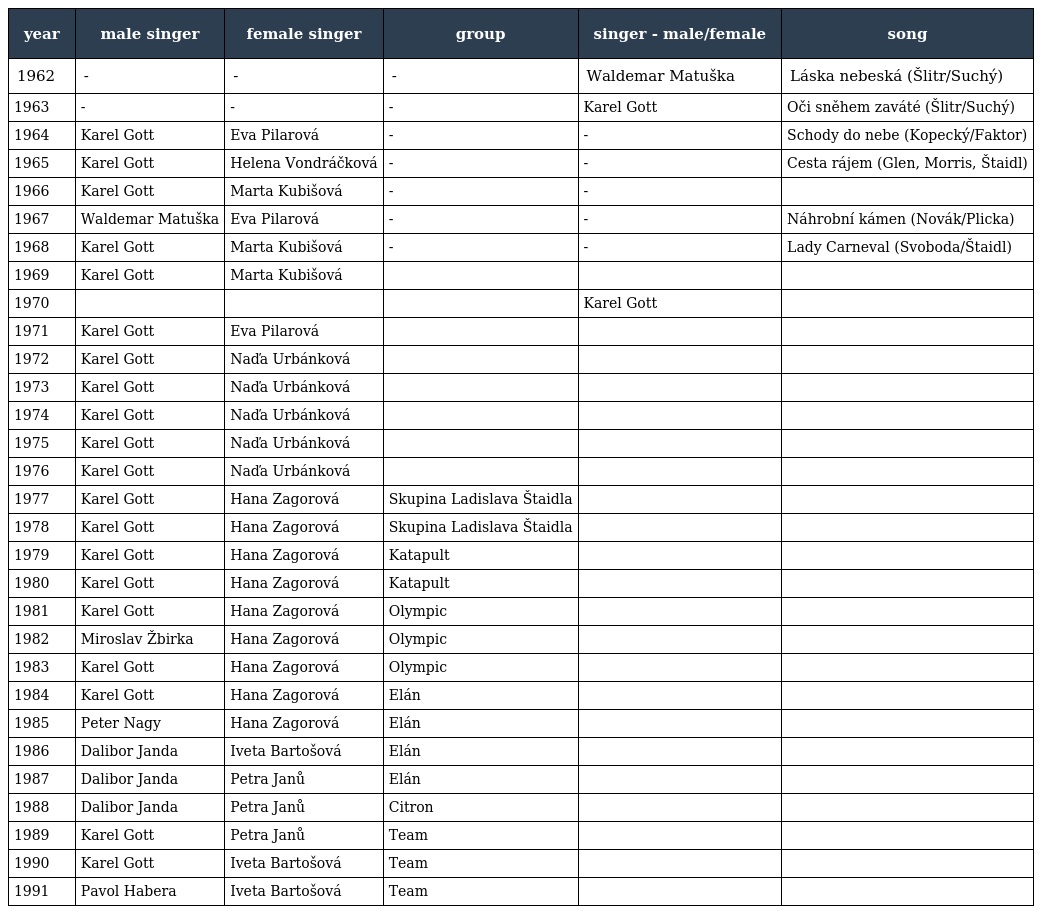
| year | male singer | female singer | group | singer - male/female | song |
 | --- | --- | --- | --- | --- | --- |
 | 1962 | - | - | - | Waldemar Matuška | Láska nebeská (Šlitr/Suchý) |
 | 1963 | - | - | - | Karel Gott | Oči sněhem zaváté (Šlitr/Suchý) |
 | 1964 | Karel Gott | Eva Pilarová | - | - | Schody do nebe (Kopecký/Faktor) |
 | 1965 | Karel Gott | Helena Vondráčková | - | - | Cesta rájem (Glen, Morris, Štaidl) |
 | 1966 | Karel Gott | Marta Kubišová | - | - |  |
 | 1967 | Waldemar Matuška | Eva Pilarová | - | - | Náhrobní kámen (Novák/Plicka) |
 | 1968 | Karel Gott | Marta Kubišová | - | - | Lady Carneval (Svoboda/Štaidl) |
 | 1969 | Karel Gott | Marta Kubišová |  |  |  |
 | 1970 |  |  |  | Karel Gott |  |
 | 1971 | Karel Gott | Eva Pilarová |  |  |  |
 | 1972 | Karel Gott | Naďa Urbánková |  |  |  |
 | 1973 | Karel Gott | Naďa Urbánková |  |  |  |
 | 1974 | Karel Gott | Naďa Urbánková |  |  |  |
 | 1975 | Karel Gott | Naďa Urbánková |  |  |  |
 | 1976 | Karel Gott | Naďa Urbánková |  |  |  |
 | 1977 | Karel Gott | Hana Zagorová | Skupina Ladislava Štaidla |  |  |
 | 1978 | Karel Gott | Hana Zagorová | Skupina Ladislava Štaidla |  |  |
 | 1979 | Karel Gott | Hana Zagorová | Katapult |  |  |
 | 1980 | Karel Gott | Hana Zagorová | Katapult |  |  |
 | 1981 | Karel Gott | Hana Zagorová | Olympic |  |  |
 | 1982 | Miroslav Žbirka | Hana Zagorová | Olympic |  |  |
 | 1983 | Karel Gott | Hana Zagorová | Olympic |  |  |
 | 1984 | Karel Gott | Hana Zagorová | Elán |  |  |
 | 1985 | Peter Nagy | Hana Zagorová | Elán |  |  |
 | 1986 | Dalibor Janda | Iveta Bartošová | Elán |  |  |
 | 1987 | Dalibor Janda | Petra Janů | Elán |  |  |
 | 1988 | Dalibor Janda | Petra Janů | Citron |  |  |
 | 1989 | Karel Gott | Petra Janů | Team |  |  |
 | 1990 | Karel Gott | Iveta Bartošová | Team |  |  |
 | 1991 | Pavol Habera | Iveta Bartošová | Team |  |  |